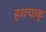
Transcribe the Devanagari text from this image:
हथचाकू